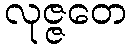
လုဇ္ဇတေ